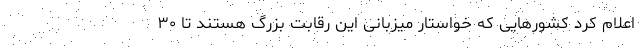
اعلام کرد کشورهایی که خواستار میزبانی این رقابت بزرگ هستند تا ۳۰